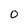
Character: O